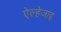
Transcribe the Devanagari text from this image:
ऐल्हेजाइ